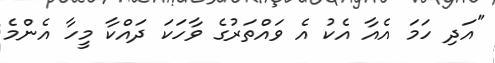
"އަދި ހަމަ އެއާ އެކު އެ ވައްތަރުގެ ވާހަކަ ދައްކާ މީހާ އެންމެ